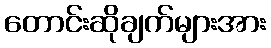
တောင်းဆိုချက်များအား